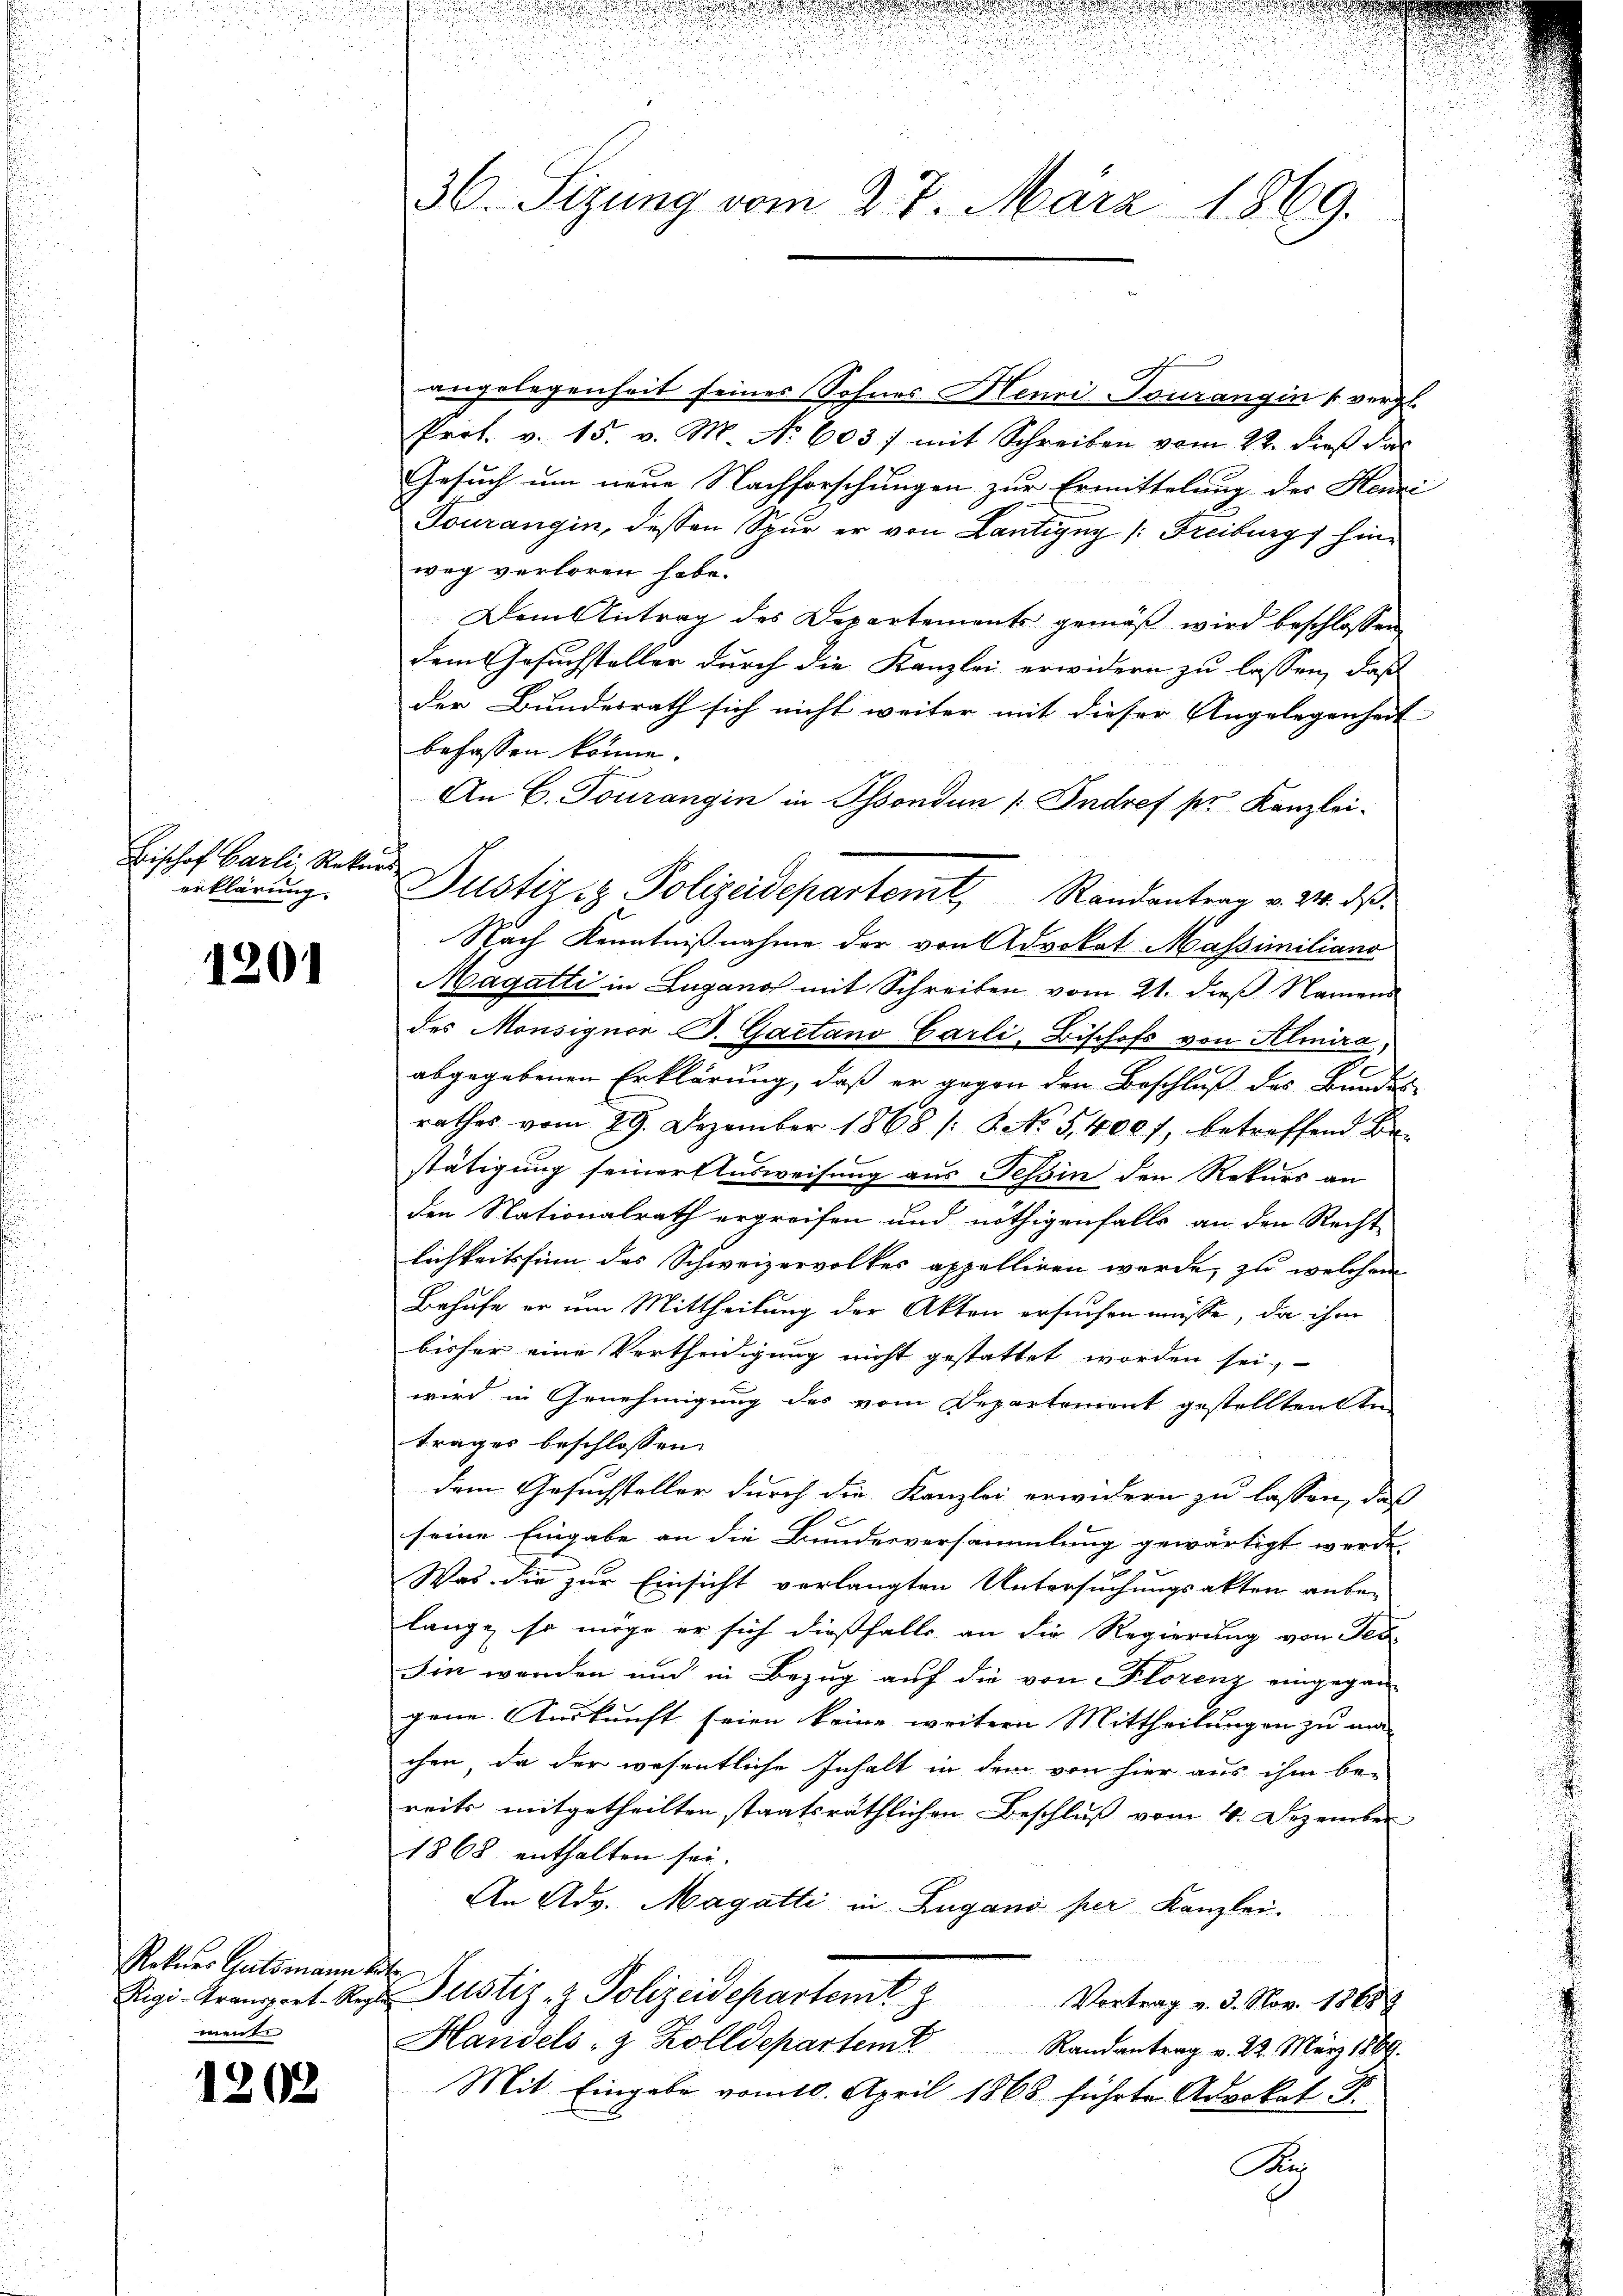
Bischof Carli Rekurs
erklärung.

1201

Rekurs Gutsmann
ment

1202

36. Sizung vom 27. März 1869.

Justiz & Polizeidepartem Randantrag v. 24. ds.

angelegenheit seines Sohnes Henri Tourangin vergl.
Prof. v. 15. v. M. No 603 :/ mit Schreiben vom 22. dieß Sal
Gesuch um neue Nachforschungen zur Ermittelung der Henzi
Fourangin, dessen Spur er von Lantigny /: Freiburg hinweg verloren habe.
Dem Antrag des Departements gemäß wird beschlossen
dem Gesuchsteller durch die Kanzlei erwidern zu lassen, daß
der Bundesrath sich nicht weiter mit dieser Angelegenheit
befassen könne.
An C. Tourangin in Sonden (Indref pr. Kanzlei.
Nach Kenntnißnahme der von Advokat Massimiliano
Magatti in Lugano mit Schreiben vom 21. dieß Namens
des Monsigner B. Gaetano Carli, Bischofs von Helmira,
abgegebenen Erklärung, daß er gegen den Beschluß des Bundes
rathes vom 29. Dezember 1868 /: 6. No 5,4007, betreffend Be
stätigung seiner Ausweisung aus Tessin den Rekurs an
den Nationalrath ergreifen und nöthigenfalls an den Recht
lichkeitssin des Schweizervolkes appelliren werde, zu welchem
Behufe er um Mittheilung der Akten ersuchen müsse, da ihm
bisher eine Vertheidigung nicht gestattet worden sei,
wird in Genehmigung des vom Departement gestelltenen
trages beschlossen:
dem Gesuchsteller durch die Kanzlei erwidern zu lassen, daß
.
seine Eingabe an die Bundesversammlung gewärtigt werde
Was die zur Einsicht verlangten Untersuchungsakten anbe-
lange, so möge er sich dießfalls an die Regierung von Feb
Ein werden und in Bezug auf die von Florenz eingegan-
gene. Auskunft seien keine weitern Mittheilungen zu ma
chen, da der wesentliche Inhalt in dem von hier aus ihm be-
reits mitgetheilten staatsräthlichen Beschluß vom 4. Dezember
1868 enthalten sei.
An Adg. Magatti in Zugano per Kanzlei.
¬
Rigi-Grangart-Regl Justiz- & Polizeidepartemt z
Vortrag v. 3. Nov. 1868
Handels- & Zolldepartem Randantrag v. 22. März 1889.
Mit Eingabe vom 10. April 1868 führte Advokat J.
Biri

d

i